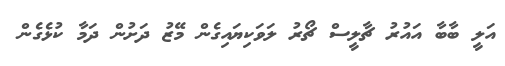
އަލީ ބާބާ އައުުރު ޗާލީސް ޗޯރު ލަވަކިޔައިގެން މޭޒު ދަށުން ދަމާ ކުޅެގެން